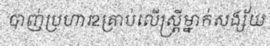
បាញ់ប្រហារ2គ្រាប់លើស្ត្រីម្នាក់សង្ស័យ